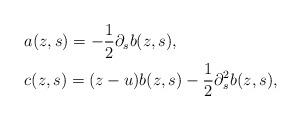
LaTeX: \begin{align*}&a(z,s) = -\frac{1}{2} \partial_s b(z,s),\\&c(z,s) = (z-u) b(z,s) - \frac{1}{2} \partial_s^2 b(z,s),\end{align*}